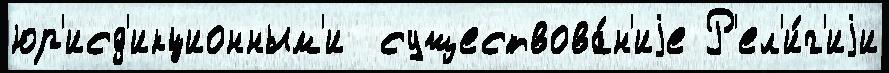
юр'исд'икционным'и  существова́н'иjе Р'ел'и́г'иjи